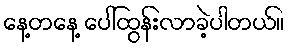
နေ့တနေ့ ပေါ်ထွန်းလာခဲ့ပါတယ်။